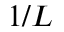
1 / L